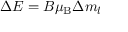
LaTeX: \Delta E = B \mu _ { \mathrm { { B } } } \Delta m _ { l }